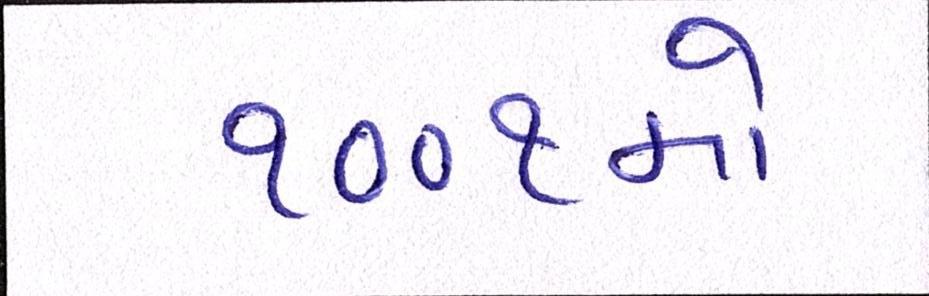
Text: ૧૦૦૧મો